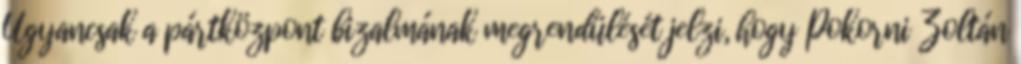
Ugyancsak a pártközpont bizalmának megrendülését jelzi, hogy Pokorni Zoltán